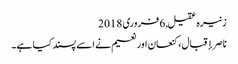
زنیرہ عقیل, ‏6 فروری 2018
ناصر إقبال، کنعان اور نعیم نے اسے پسند کیا ہے۔